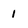
Character: 1